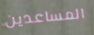
المساعدين